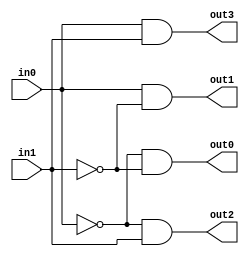
module decoder_2_4(
	out0,
	out1,
	out2,
	out3,
	in0,
	in1
);

	input 	in0, in1;
	
	output 	out0, out1, out2, out3;
		
	and and_a(out0, ~in0, ~in1);
	and and_b(out1, in0, ~in1);
	and and_c(out2, ~in0, in1);
	and and_d(out3, in0, in1);
	
endmodule